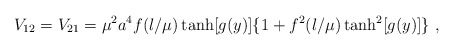
\begin{align*}V_{12}=V_{21}=\mu^2a^4 f(\l/\mu)\tanh[g(y)]\{1+f^2(\l/\mu)\tanh^2[g(y)]\}~,\end{align*}